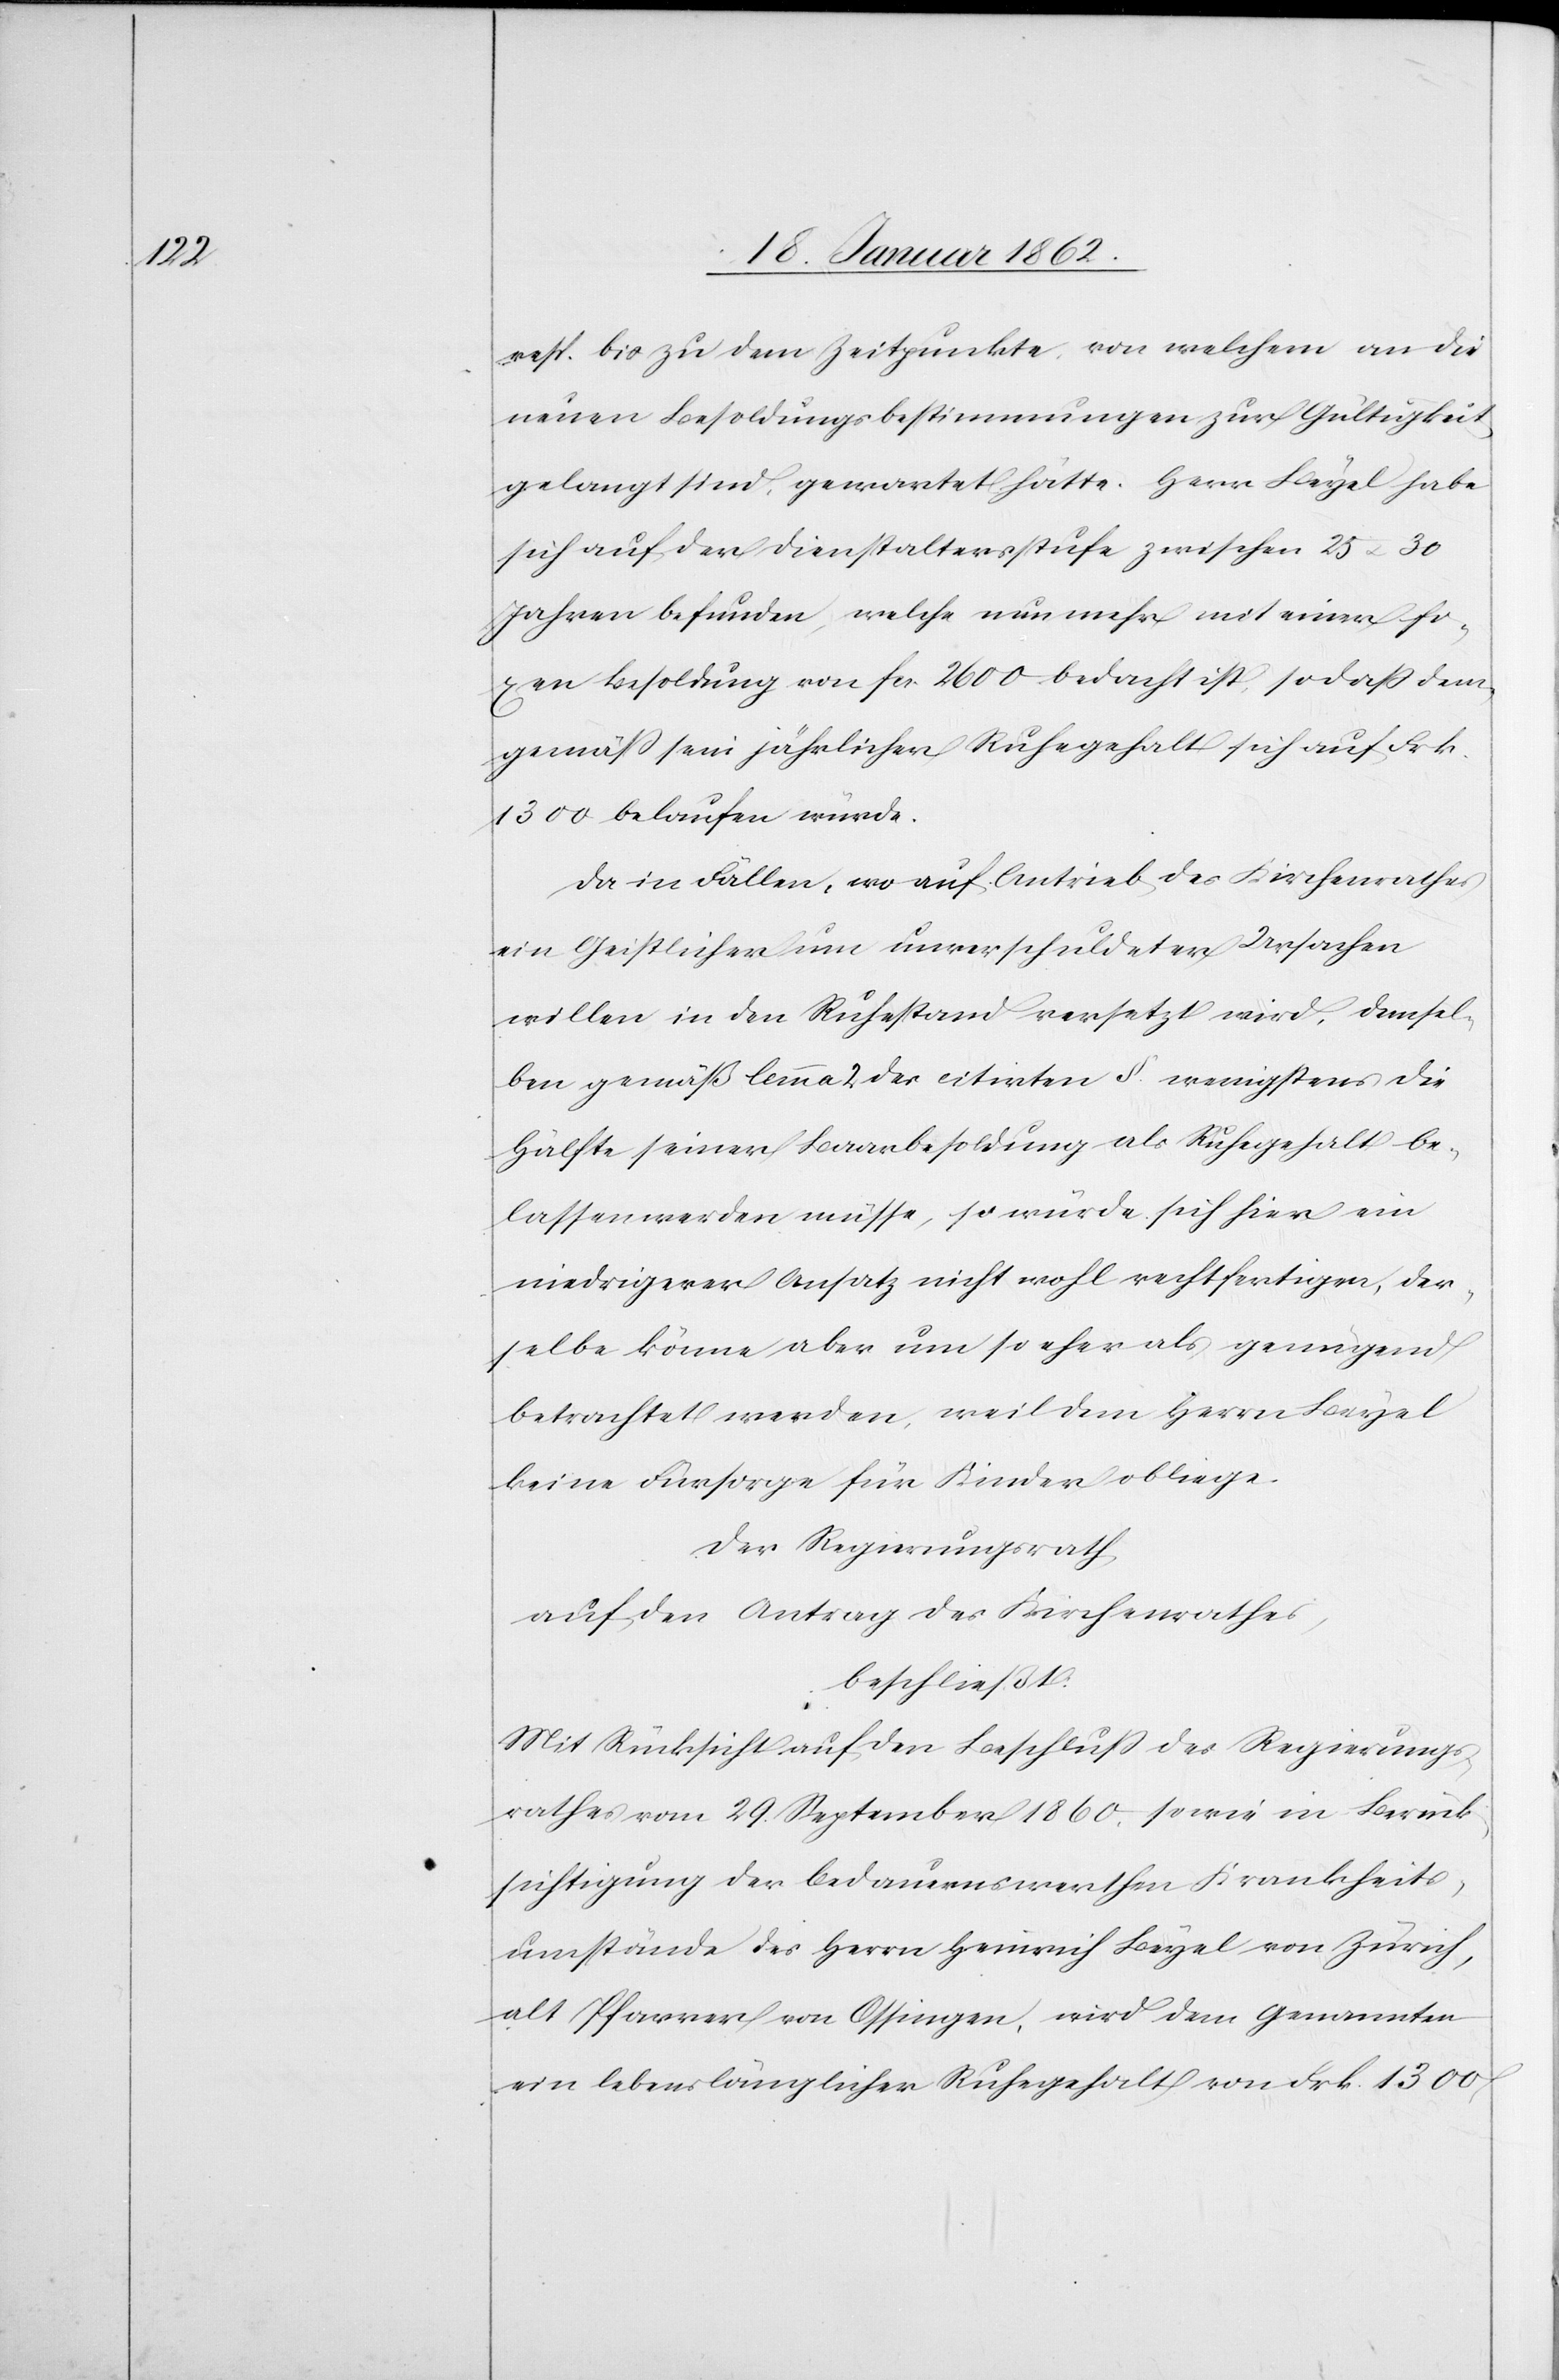
resp. bis zu dem Zeitpunkte, von welchem an die
neuen Besoldungsbestimmungen zur Gültigkeit
gelangt sind, gewartet hätte. Herr Beyel habe
sich auf der Dienstaltersstufe zwischen 25 u. 30
Jahren befunden, welche nun mehr mit einer fi¬
xen Besoldung von fcs. 2600 bedacht ist, sodaß dem¬
gemäß sein jährlicher Ruhegehalt sich auf Frk.
1300 belaufen würde.
Da in Fällen, wo auf Antrieb des Kirchenrathes
ein Geistlicher um unverschuldeter Ursachen
willen in den Ruhestand versetzt wird, demsel¬
ben gemäß lemma 2 des citirten §. wenigstens die
Hälfte seiner Baarbesoldung als Ruhegehalt be¬
lassen werden müsse, so würde sich hier ein
niedrigerer Ansatz nicht wohl rechtfertigen, der¬
selbe könne aber um so eher als genügend
betrachtet werden, weil dem Herrn Beyel
keine Fürsorge für Kinder obliege.
Der Regierungsrath,
auf den Antrag des Kirchenrathes,
beschließt:
Mit Rücksicht auf den Beschluß des Regierungs¬
rathes vom 29. September 1860. sowie in Berück¬
sichtigung der bedauernswerthen Krankheits¬
umstände des Herrn Heinrich Beyel von Zürich,
alt Pfarrer von Ossingen, wird dem Genannten
ein lebenslänglicher Ruhegehalt von Frk. 1300